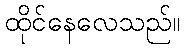
ထိုင်နေလေသည်။